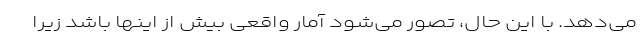
می‌دهد. با این حال، تصور می‌شود آمار واقعی بیش از اینها باشد زیرا